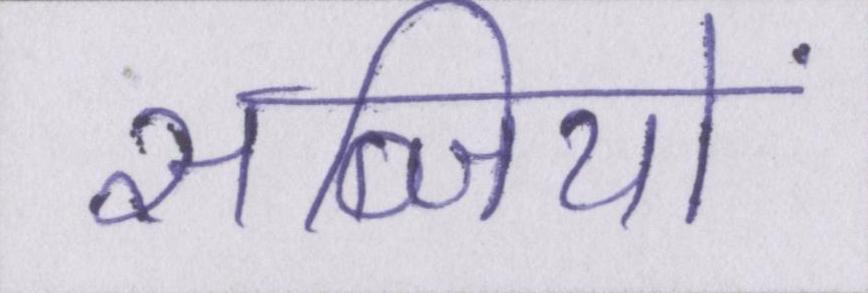
सब्जियों